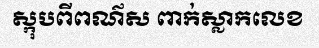
ស្កុបពីពណ៌ស ពាក់ស្លាកលេខ